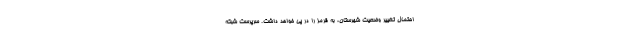
احتمال تغییر وضعیت شهرستان، به قرمز را در پی خواهد داشت. سرپرست شبکه